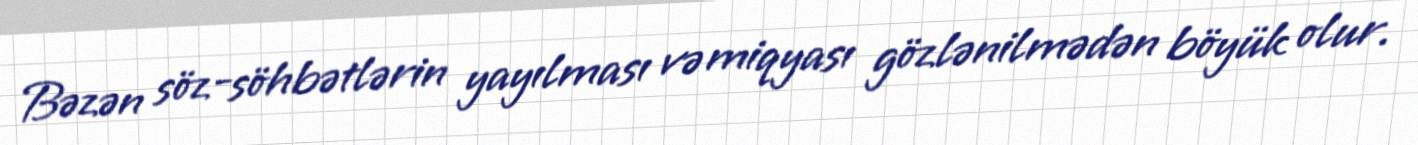
Bəzən söz-söhbətlərin yayılması və miqyası gözlənilmədən böyük olur.